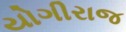
યોગીરાજ